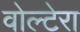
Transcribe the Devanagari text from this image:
वोल्टेरा